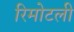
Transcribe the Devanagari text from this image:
रिमोटली